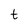
Character: t